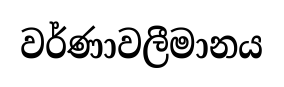
වර්ණාවලීමානය